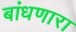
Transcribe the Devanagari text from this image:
बांधणारा